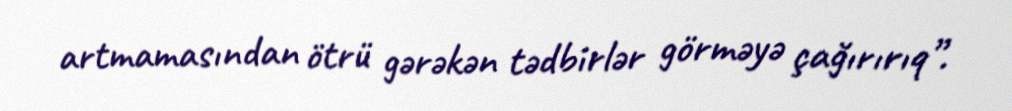
artmamasından ötrü gərəkən tədbirlər görməyə çağırırıq”.